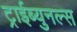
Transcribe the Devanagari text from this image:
ट्राईब्युनल्स